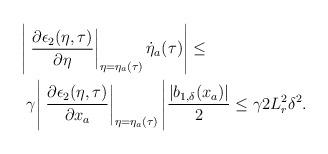
LaTeX: \begin{align*}\begin{aligned}\Bigg|&\left.\dfrac{\partial \epsilon_2(\eta,\tau)}{\partial \eta}\right|_{\eta = \eta_a(\tau)} \dot{\eta}_a(\tau)\Bigg| \le \\&\gamma\Bigg|\left.\dfrac{\partial \epsilon_2(\eta,\tau)}{\partial x_a}\right|_{\eta = \eta_a(\tau)}\Bigg| \dfrac{|b_{1,\delta}(x_a)|}{2} \le \gamma 2 L_r^2 \delta^2. \end{aligned}\end{align*}